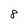
Character: 8